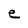
Character: e